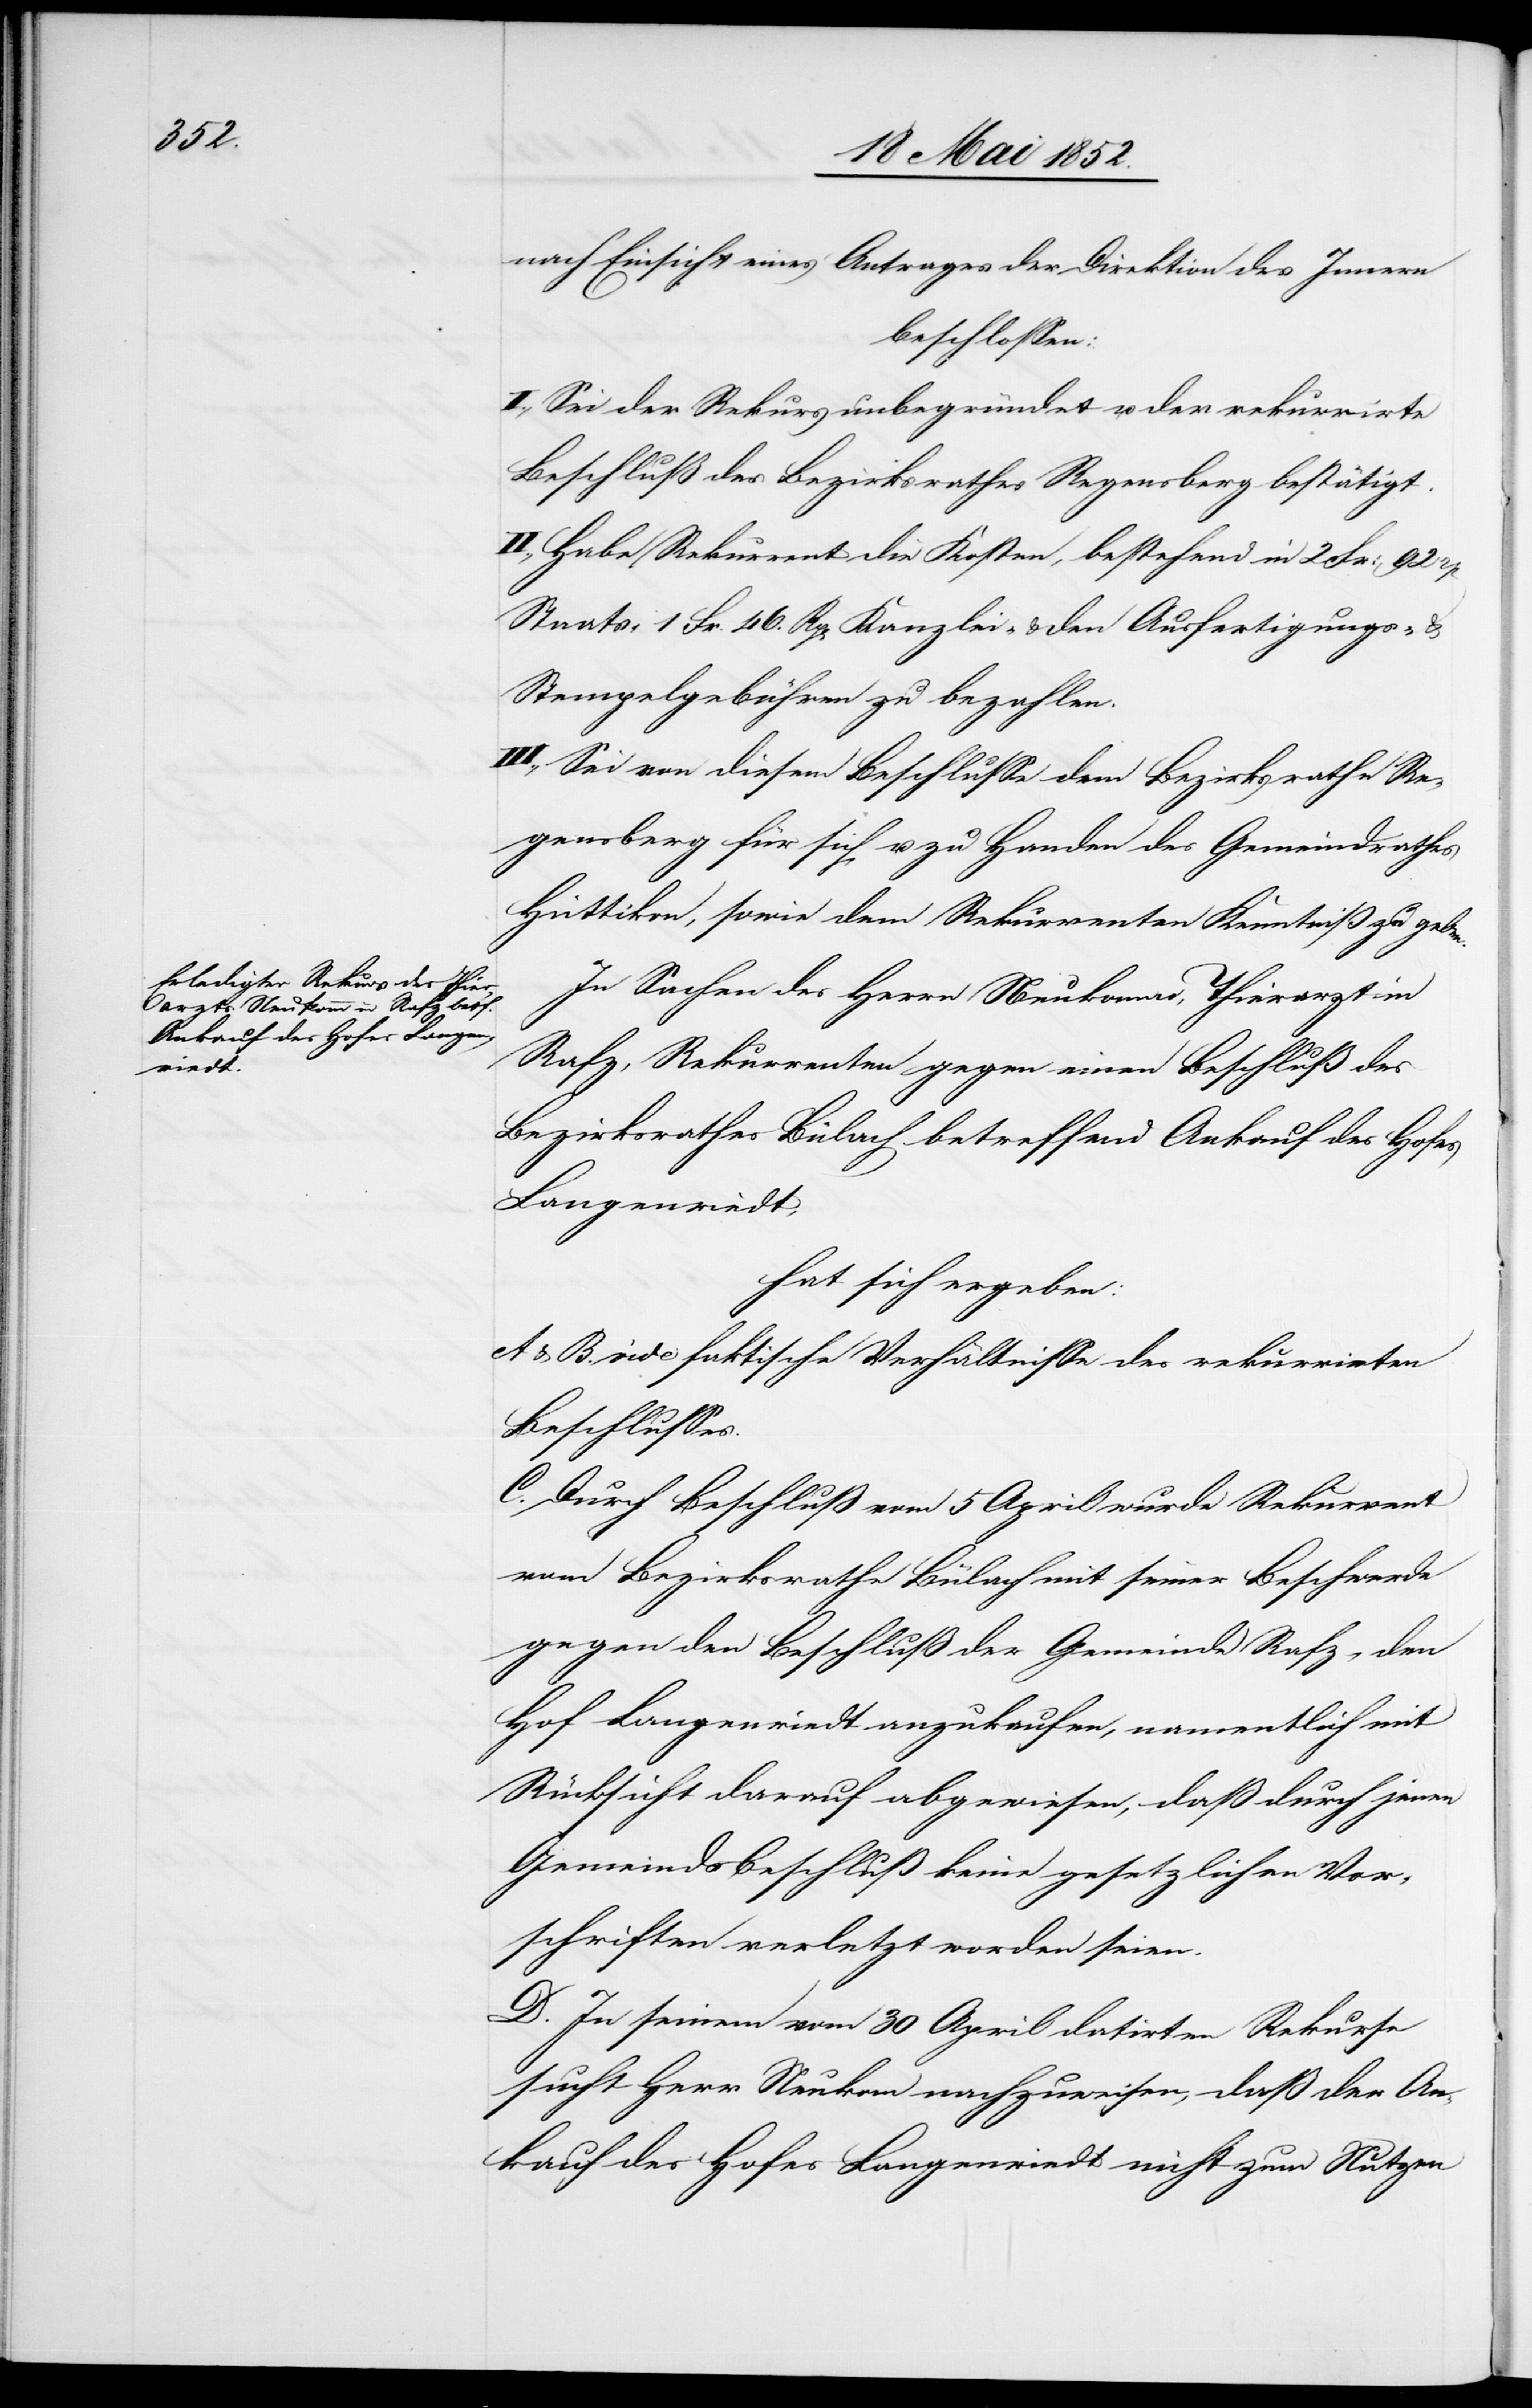
nach Einsicht eines Antrages der Direktion des Innern
beschlossen:
I., Sei der Rekurs unbegründet u. der rekurrirte
Beschluß des Bezirksrathes Regensberg bestätigt.
II., Habe Rekurrent die Kosten, bestehend in 2 Fr: 92
Staats-[,] 1 Fr. 46. Rp[en] Kanzlei- & den Ausfertigungs-
Stempelgebühren zu bezahlen.
III., Sei von diesem Beschlusse dem Bezirksrathe Re¬
gensberg für sich u. zu Handen des Gemeindrathes
Hüttikon, sowie dem Rekurrenten Kenntniß zu geben.
In Sachen des Herrn Neukomm, Thierarzt in
Rafz, Rekurrenten gegen einen Beschluß des
Bezirksrathes Bülach betreffend Ankauf des Hofes
Langenriedt,
hat sich ergeben:
A & B. vide faktische Verhältnisse des rekurrirten
Beschlusses.
C. Durch Beschluß vom 5 April wurde Rekurrent
vom Bezirksrathe Bülach mit seiner Beschwerde
gegen den Beschluß der Gemeinde Rafz, den
Hof Langenriedt anzukaufen, namentlich mit
Rücksicht darauf abgewiesen, daß durch jenen
Gemeindsbeschluß keine gesetzlichen Vor¬
schriften verletzt worden seien.
D. In seinem vom 30 April datirten Rekurse
sucht Herr Neukom [sic!] nachzuweisen, daß der An¬
kauf des Hofes Langenriedt nicht zum Nutzen